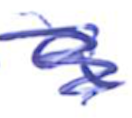
Text: a
Cross-out: scratch
Writing tool: ballpoint